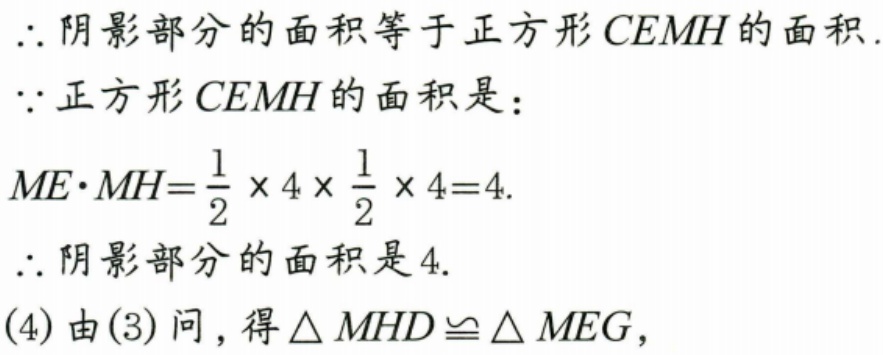
$\therefore$阴影部分的面积等于正方形$CEMH$的面积.
$\because$正方形$CEMH$的面积是：
$ME\cdot MH = \frac{1}{2}\times4\times\frac{1}{2}\times4 = 4.$
$\therefore$阴影部分的面积是$4$.
(4) 由(3) 问，得$\triangle MHD\cong\triangle MEG$，